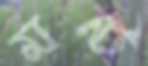
মন্ট